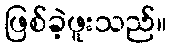
ဖြစ်ခဲ့ဖူးသည်။